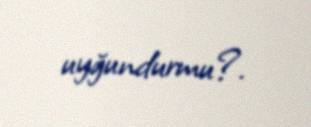
uyğundurmu?.